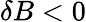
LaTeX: \delta B<0